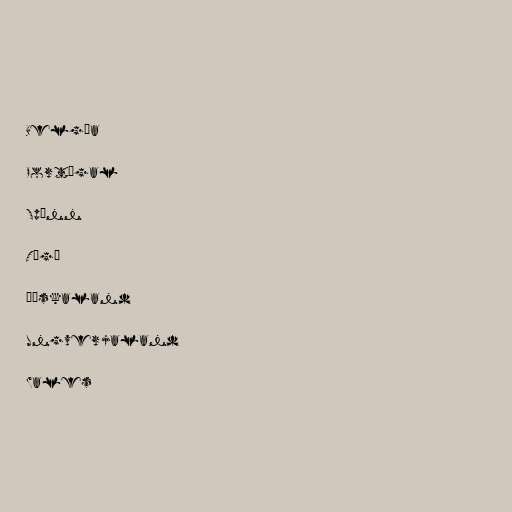
Belgía

Portúgal

Spánn

Tógó

Þýskaland

Ungverjaland

Wales